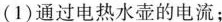
(1)通过电热水壶的电流；